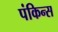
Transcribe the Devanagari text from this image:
पंकिन्स